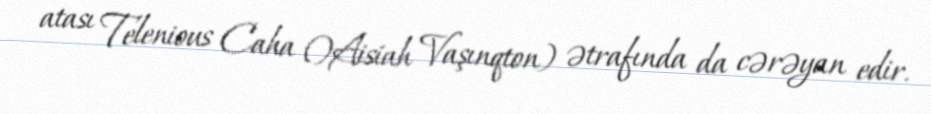
atası Telenious Caha ()Aisiah Vaşınqton) ətrafında da cərəyan edir.